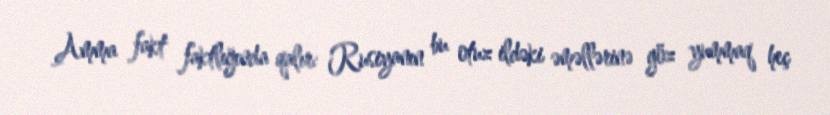
Amma fakt faktlığında qalır: Rusiyanın bu otuz ildəki əməllərinə göz yummaq heç